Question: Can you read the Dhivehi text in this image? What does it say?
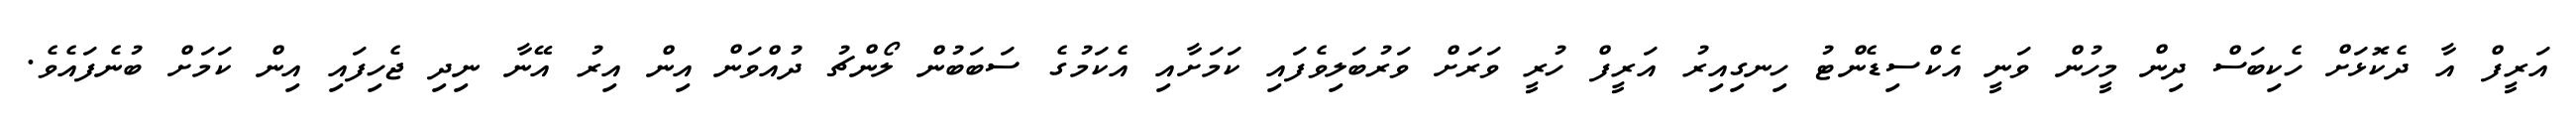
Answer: އަރީފް އާ ދެކޮޅަށް ހެކިބަސް ދިން މީހުން ވަނީ އެކްސިޑެންޓު ހިނގިއިރު އަރީފް ހުރީ ވަރަށް ވަރުބަލިވެފައި ކަމަށާއި އެކަމުގެ ސަބަބުން ލޯންޗު ދުއްވަން އިން އިރު އޭނާ ނިދި ޖެހިފައި އިން ކަމަށް ބުނެފައެވެ.